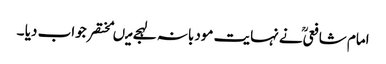
امام شافعیؒ نے نہایت مودبانہ لہجے میںمختصر جواب دیا ۔